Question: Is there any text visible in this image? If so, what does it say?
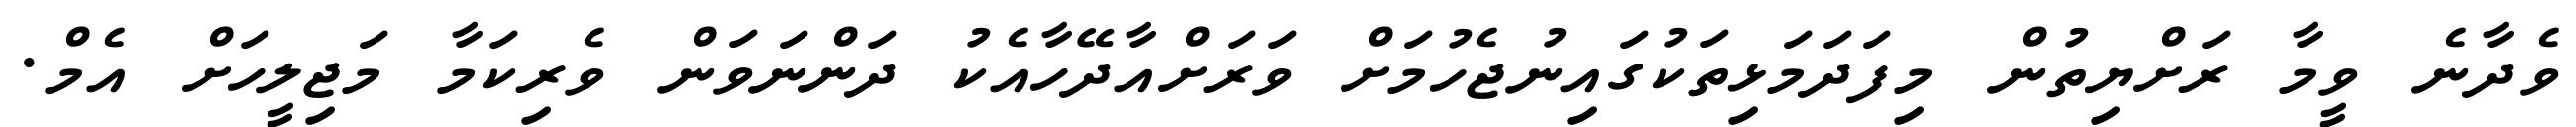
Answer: ވެދާނެ ވީމާ ރަށްޔިތުން މިފަދަމަޅިތަކުގައިނުޖެހުމަށް ވަރަށްއާދޭހާއެކު ދަންނަވަން ވެރިކަމާ މަޖިލީހަށް އެމް.